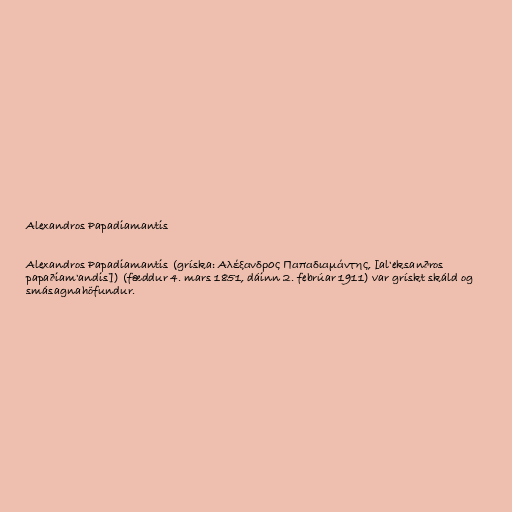
Alexandros Papadiamantis

Alexandros Papadiamantis (gríska: Αλέξανδρος Παπαδιαμάντης, [al'eksanðros
papaðiam'andis]) (fæddur 4. mars 1851, dáinn 2. febrúar 1911) var grískt skáld og
smásagnahöfundur.